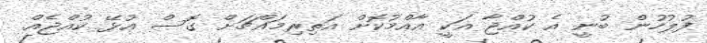
ފުލުހުން ބުނީ އެ ކުއްޖާ އަކީ އާއްމުކޮށް އަތިރިމައްޗަށް ގޮސް އުޅޭ ކުއްޖެއް